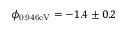
\phi _ { \mathrm { 0 . 9 4 6 e V } } = - 1 . 4 \pm 0 . 2